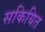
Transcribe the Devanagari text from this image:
सकियित